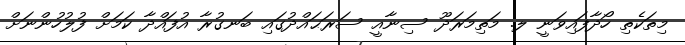
މިތަކެތި ހޯދާފައިވަނީ ލ. މަތިމަރަދޫ ސިނާއީ ސަރަޙައްދުގައި ބަނގުރާ އުފައްދާ ކަމަށް ފުލުހުންނަށް